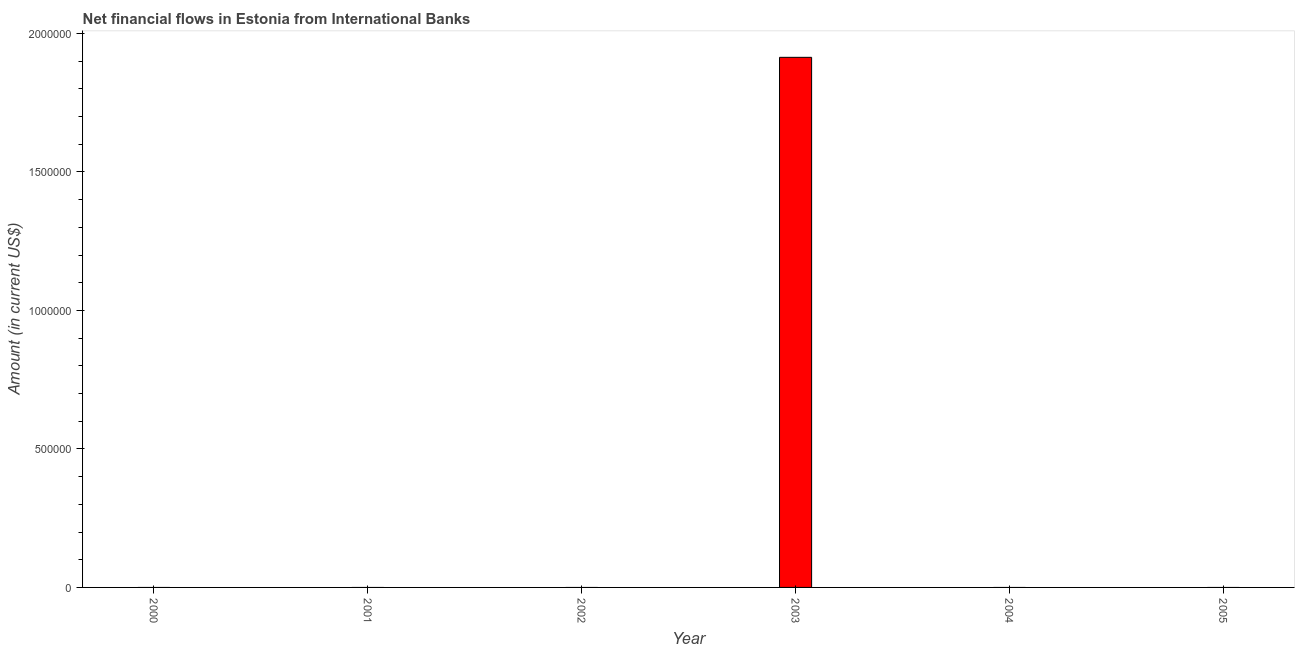
| Year | Net financial flows from IBRD |
 | --- | --- |
 | 2000 | -9.42e+06 |
 | 2001 | -2.53e+06 |
 | 2002 | -3.52e+07 |
 | 2003 | 1.91e+06 |
 | 2004 | -4.14e+06 |
 | 2005 | -5.09e+06 |